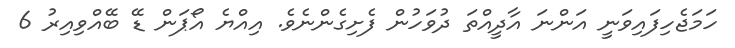
ހަމަޖެހިފައިވަނީ އަންނަ އާދީއްތަ ދުވަހުން ފެށިގެންނެވެ. އިއްޔެ އޯޕަން ޑޭ ބޭއްވިއިރު 6